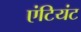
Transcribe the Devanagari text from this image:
एंटियंट